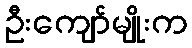
ဦးကျော်မျိုးက